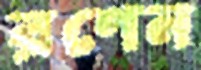
রণেন